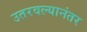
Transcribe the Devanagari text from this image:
उतरवल्यानंतर